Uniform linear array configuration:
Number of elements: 48
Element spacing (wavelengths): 0.5
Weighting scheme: hamming
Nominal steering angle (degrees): -15
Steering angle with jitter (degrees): -15.35
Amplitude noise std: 0.05
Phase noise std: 0.05

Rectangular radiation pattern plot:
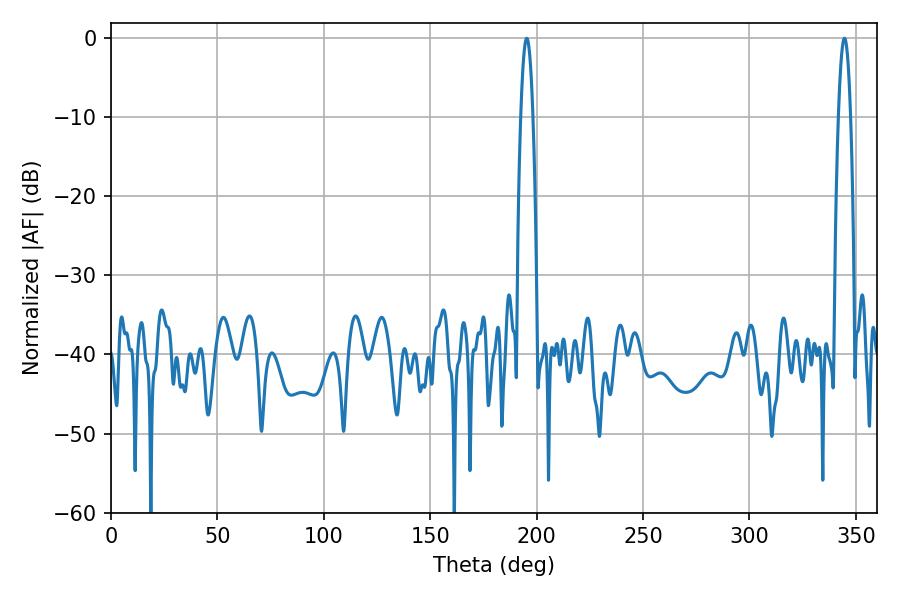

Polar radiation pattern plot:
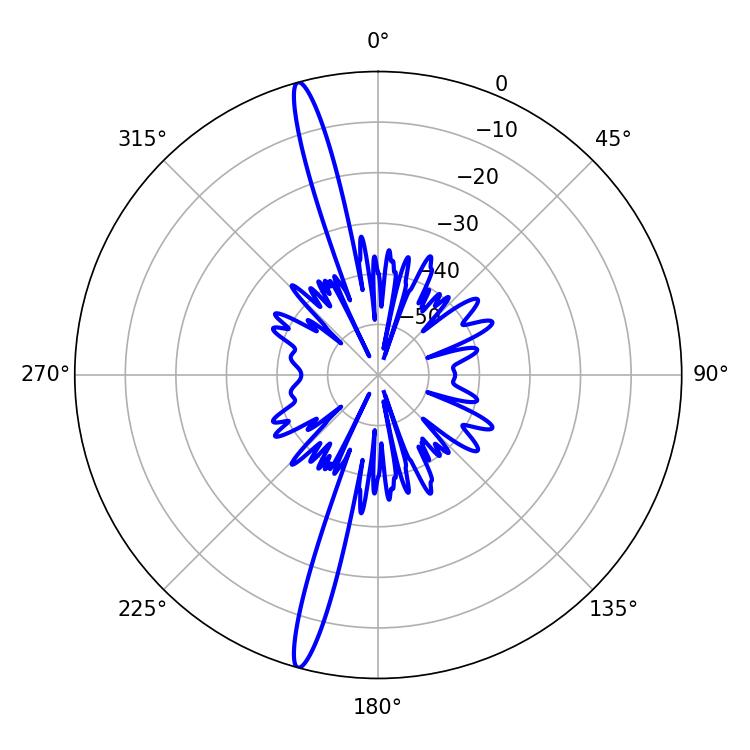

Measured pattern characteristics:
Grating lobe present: FALSE
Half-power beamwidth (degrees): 3.06
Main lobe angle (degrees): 195.3